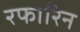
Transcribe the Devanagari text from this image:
रफारिन